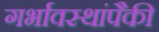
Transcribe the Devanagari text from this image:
गर्भावस्थांपैकी